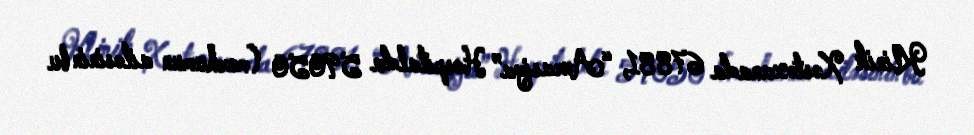
Klinik Xəstəxanada 67881, “Avrasiya” Hospitalda 59050 (mərhumun ailəsinin bu